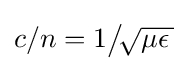
c/n=1{\big /}\!{\sqrt {\mu \epsilon \,}}